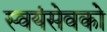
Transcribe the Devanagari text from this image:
स्‍वयंसेवको